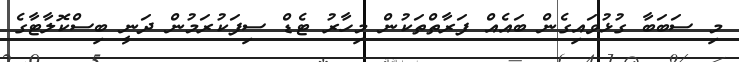
މި ސަބަބާ ގުޅުވައިގެން ބައެއް ފަރާތްތަކުން މިހާރު ޓެޑް ސިފަކުރަމުން ދަނީ ބިސްކޮލާޓާގެ